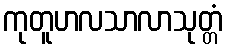
ကုတူဟလသာလာသုတ္တံ